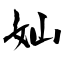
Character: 奾